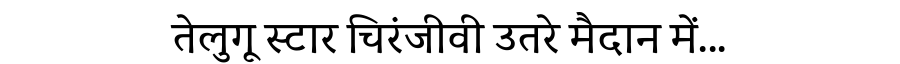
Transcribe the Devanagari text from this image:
तेलुगू स्टार चिरंजीवी उतरे मैदान में...